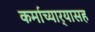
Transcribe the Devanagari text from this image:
कर्माच्यार्‍यासह